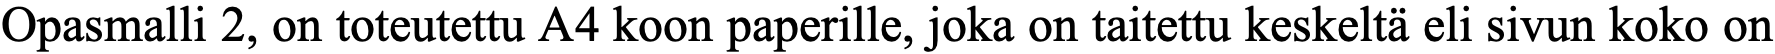
Opasmalli 2, on toteutettu A4 koon paperille, joka on taitettu keskeltä eli sivun koko on